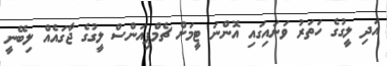
އަދި ލީގުގެ ހަތަރު ވަނައިގައި އޮންނަ ޓީމަށް ޗެމްޕިއަންސް ލީގުގެ ޖާގައެއް ލިބޭނީ